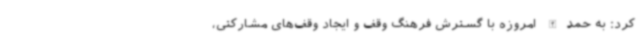
کرد: به حمدالله امروزه با گسترش فرهنگ وقف و ایجاد وقف‌های مشارکتی،